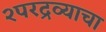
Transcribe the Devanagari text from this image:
२परद्रव्याचा